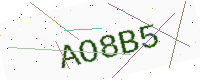
Text: AO8B5